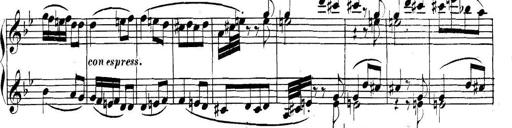
Title: Collected Piano Sonatas
Composer: Muzio Clementi